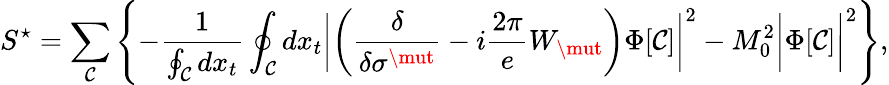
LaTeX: S^{\star}=\sum_{\mathcal{C}}\left\{ -\frac{{1}}{{\oint_{\mathcal{C}}dx_{t}}}\oint_{\mathcal{C}}dx_{t}\biggl|\left(\frac{{\delta}}{{\delta\sigma^{\mut}}}-i\frac{{2\pi}}{{e}}W_{\mut}\right)\Phi[\mathcal{C}]\biggr|^{2}-M_{0}^{2}\biggl|\Phi[\mathcal{C}]\biggr|^{2}\right\} ,